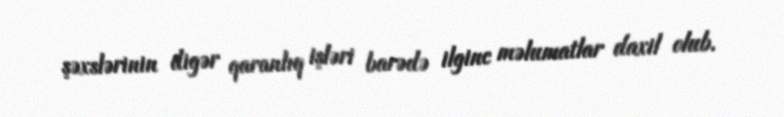
şəxslərinin digər qaranlıq işləri barədə ilginc məlumatlar daxil olub.